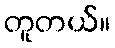
တူတယ်။